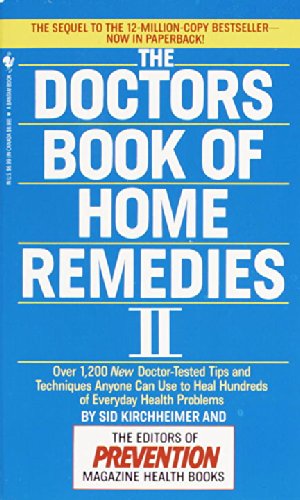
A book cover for The Doctors Book of Home Remedies II; Prevention Magazine Editors; Health, Fitness & Dieting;